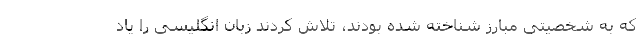
که به شخصیتی مبارز شناخته شده بودند، تلاش کردند زبان انگلیسی را یاد